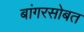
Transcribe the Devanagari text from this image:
बांगरसोबत